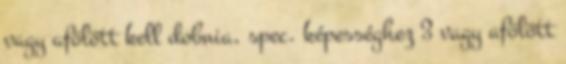
vagy afölött kell dobnia, spec. képességhez 3 vagy afölött